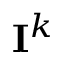
{ \bf { I } } ^ { k }